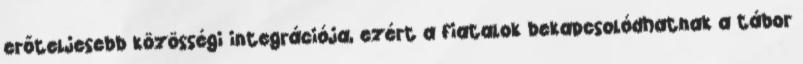
erőteljesebb közösségi integrációja, ezért a fiatalok bekapcsolódhatnak a tábor